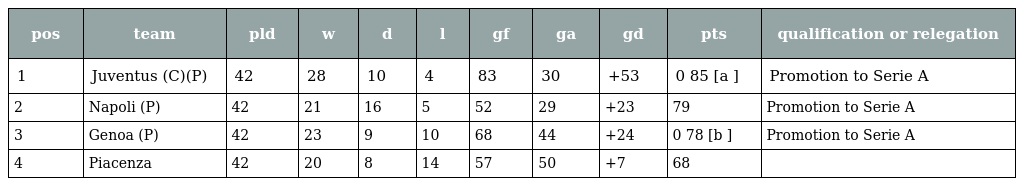
| pos | team | pld | w | d | l | gf | ga | gd | pts | qualification or relegation |
 | --- | --- | --- | --- | --- | --- | --- | --- | --- | --- | --- |
 | 1 | Juventus (C)(P) | 42 | 28 | 10 | 4 | 83 | 30 | +53 | 0 85 [a ] | Promotion to Serie A |
 | 2 | Napoli (P) | 42 | 21 | 16 | 5 | 52 | 29 | +23 | 79 | Promotion to Serie A |
 | 3 | Genoa (P) | 42 | 23 | 9 | 10 | 68 | 44 | +24 | 0 78 [b ] | Promotion to Serie A |
 | 4 | Piacenza | 42 | 20 | 8 | 14 | 57 | 50 | +7 | 68 |  |